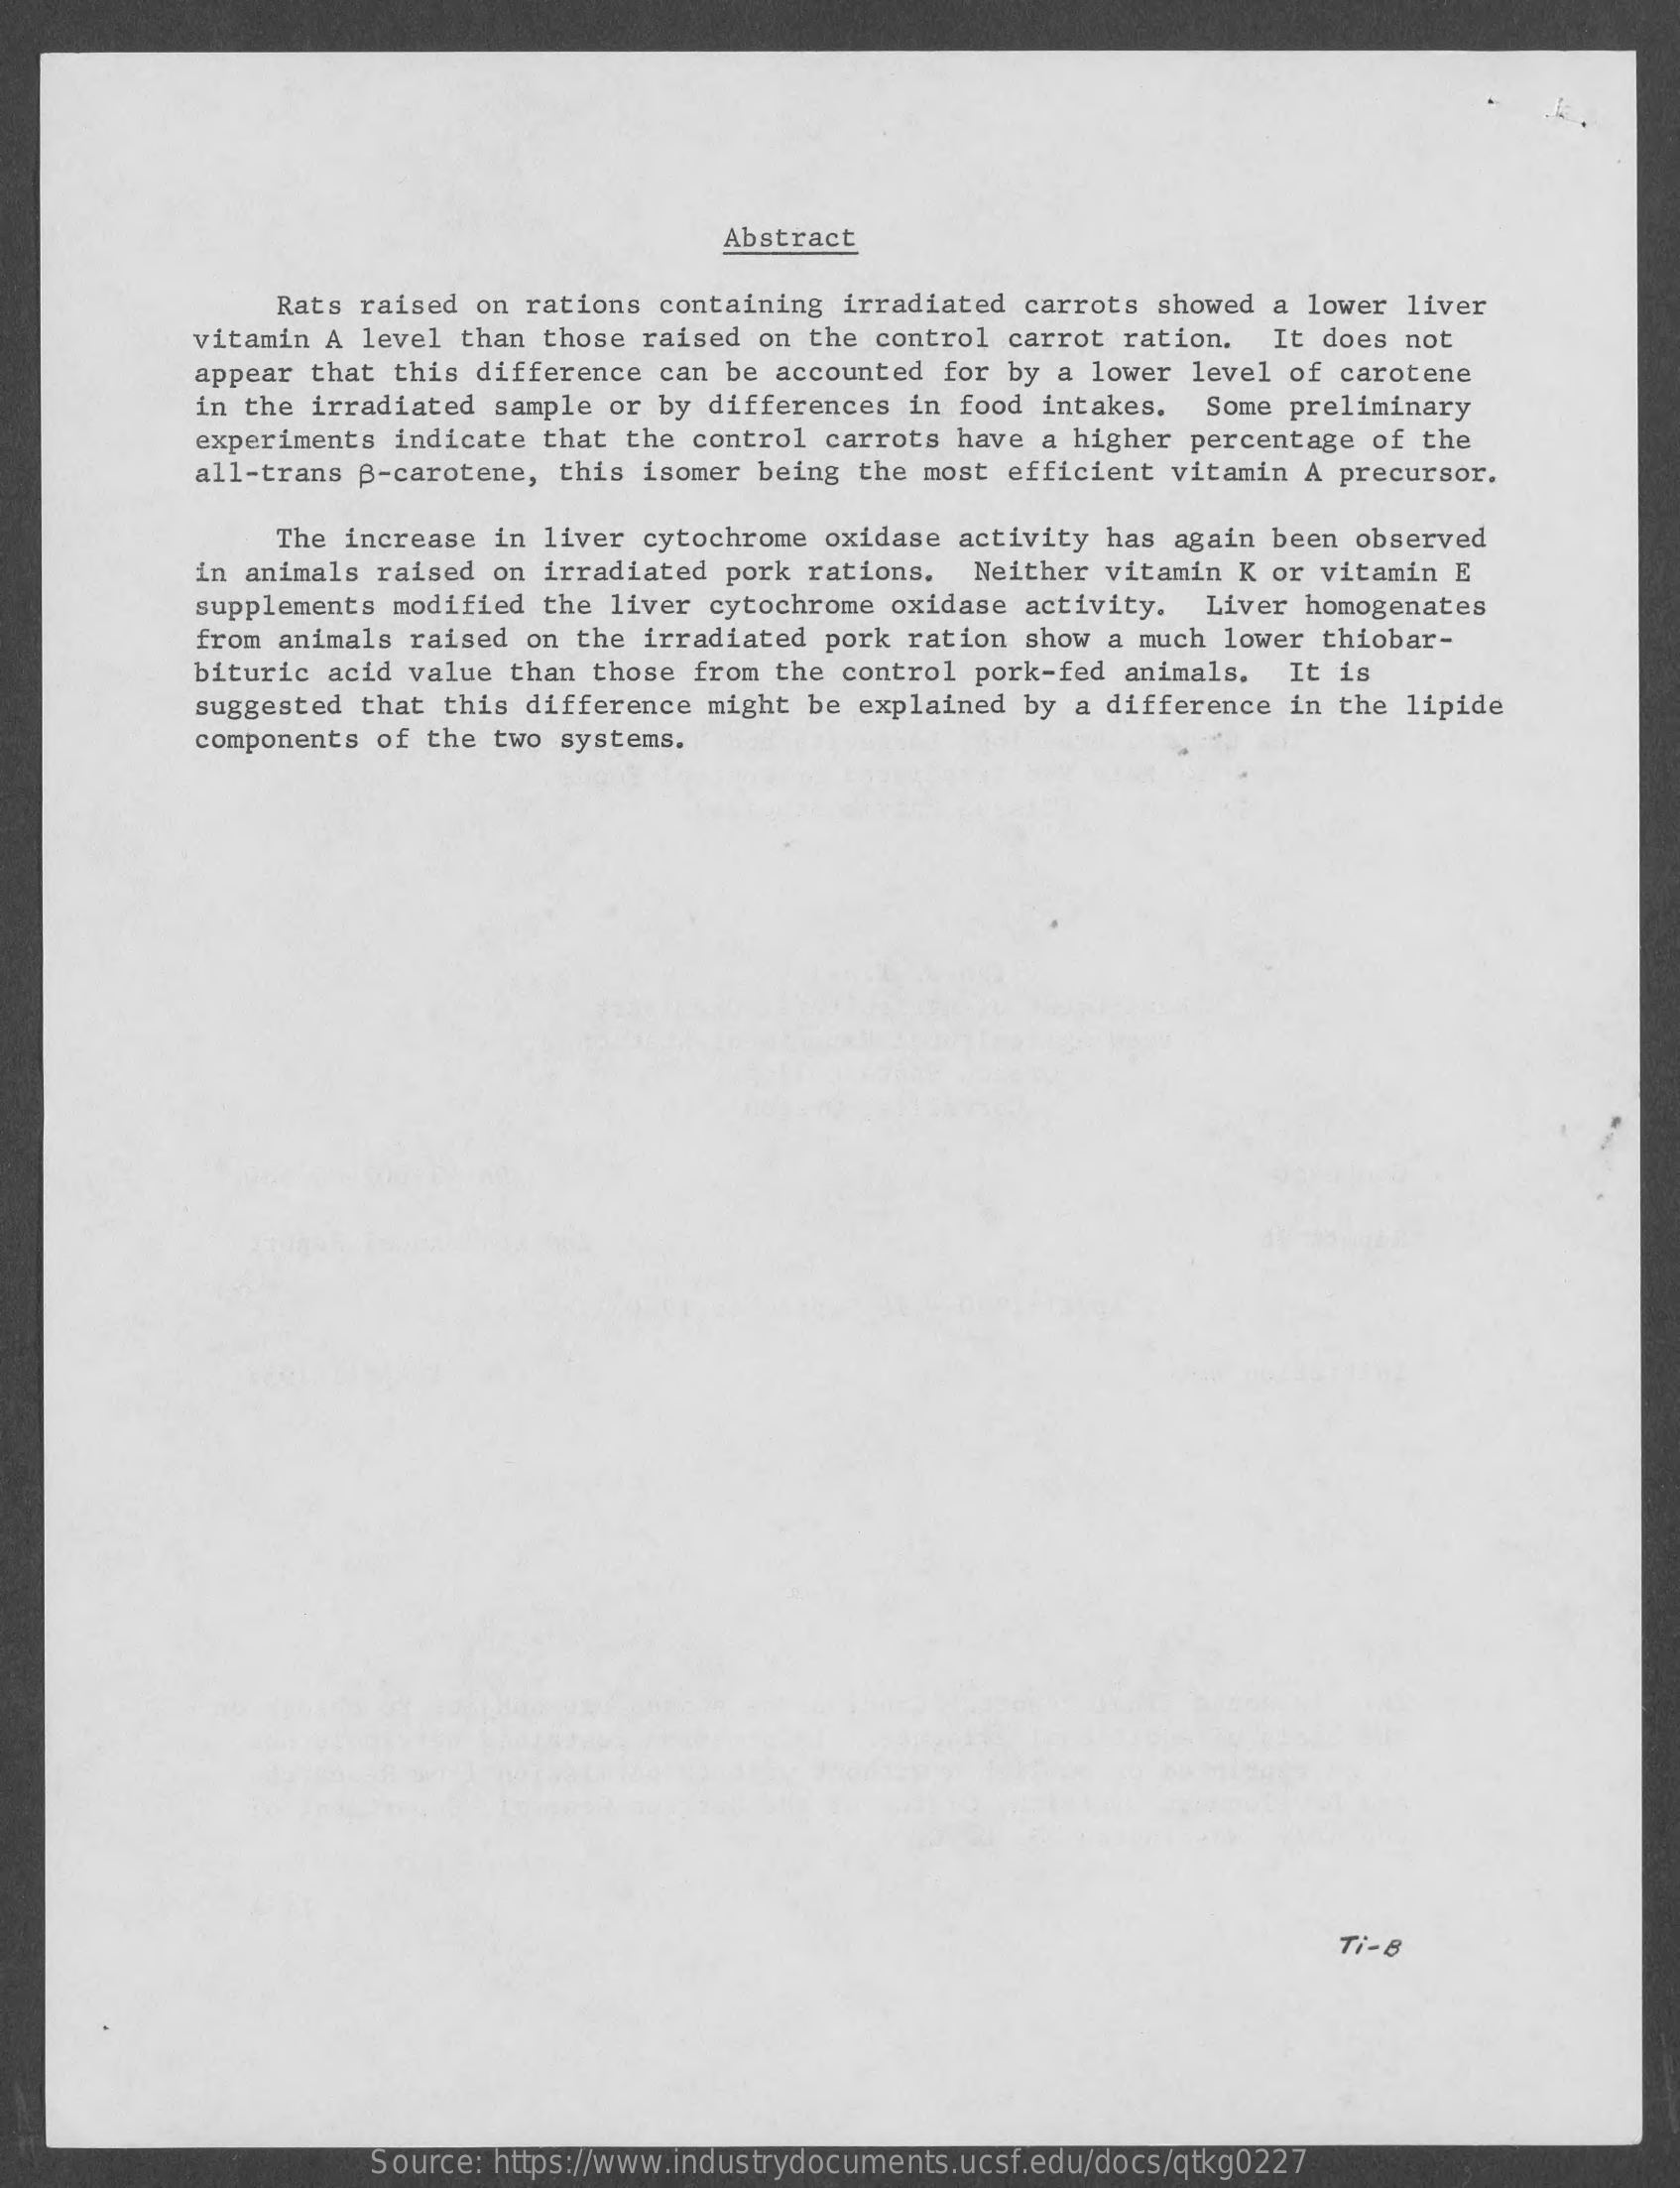
Abstract
     Rats raised on rations containing irradiated carrots showed a lower liver
     vitamin A level than those raised on the control carrot ration. It does not
     appear that this difference can be accounted for by a lower level of carotene
     in the irradiated sample or by differences in food intakes. Some preliminary
     experiments indicate that the control carrots have a higher percentage of the
     all-trans B-carotene, this isomer being the most efficient vitamin A precursor.
     The increase in liver cytochrome oxidase activity has again been observed
     in animals raised on irradiated pork rations. Neither vitamin K or vitamin E
     supplements modified the liver cytochrome oxidase activity. Liver homogenates
     from animals raised on the irradiated pork ration show a much lower thiobar-
     bituric acid value than those from the control pork-fed animals. It is
     suggested that this difference might be explained by a difference in the lipide
     components of the two systems.
     Ti- 8
     Source: https://www.industrydocuments.ucsf.edu/docs/qtkg0227